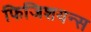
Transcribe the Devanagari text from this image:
फिजिशयन्स